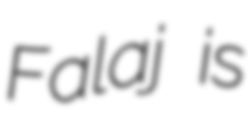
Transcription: Falaj is